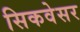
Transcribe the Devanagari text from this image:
सिकवेसर